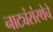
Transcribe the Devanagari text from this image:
नाट्यंसंस्थेचे